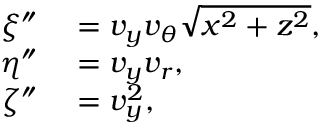
\begin{array} { r l } { \xi ^ { \dprime } } & { { } = v _ { y } v _ { \theta } \sqrt { x ^ { 2 } + z ^ { 2 } } , } \\ { \eta ^ { \dprime } } & { { } = v _ { y } v _ { r } , } \\ { \zeta ^ { \dprime } } & { { } = v _ { y } ^ { 2 } , } \end{array}